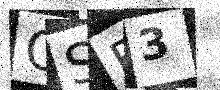
Text: OSE3